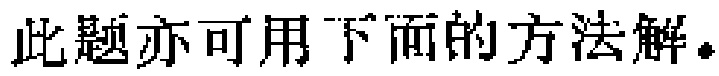
此题亦可用下面的方法解。